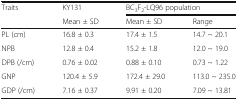
| <ROWSPAN=2> Traits | KY131 | <COLSPAN=2> BC3F2-LQ96 population |
 | Mean ± SD | Mean ± SD | Range |
 | --- | --- | --- | --- |
 | PL (cm) | 16.8 ± 0.3 | 17.4 ± 1.5 | 14.7 ~ 20.1 |
 | NPB | 12.8 ± 0.4 | 15.2 ± 1.8 | 12.0 ~ 19.0 |
 | DPB (/cm) | 0.76 ± 0.02 | 0.88 ± 0.10 | 0.73 ~ 1.22 |
 | GNP | 120.4 ± 5.9 | 172.4 ± 29.0 | 113.0 ~ 235.0 |
 | GDP (/cm) | 7.16 ± 0.37 | 9.91 ± 0.20 | 7.09 ~ 13.81 |